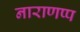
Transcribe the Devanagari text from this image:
नाराणप्प